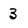
Character: 3